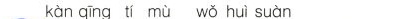
kàn qīng tí mù wǒ huì suàn